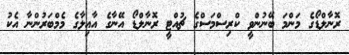
ރޮނާލްޑޯގެ މަންމަ ބޭނުންވީ ކްރިސްމަސްގެ ޗުއްޓީ ރޮނާލްޑޯ އޭނާގެ އާއިލާގެ މެމްބަރުންނާ އެކު